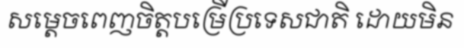
សម្តេចពេញចិត្តបម្រើប្រទេសជាតិ ដោយមិន